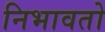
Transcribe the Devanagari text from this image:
निभावतो